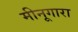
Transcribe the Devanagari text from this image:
मीनूगारा